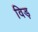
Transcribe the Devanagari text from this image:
विड़